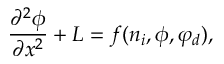
\frac { \partial ^ { 2 } \phi } { \partial x ^ { 2 } } + { \cal L } = f ( n _ { i } , \phi , \varphi _ { d } ) ,